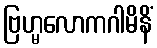
ဗြဟ္မလောကဂါမိနိံ